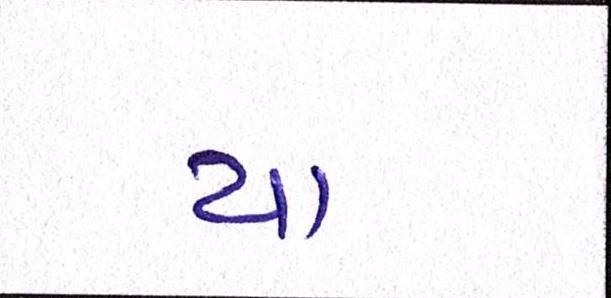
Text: યા